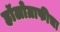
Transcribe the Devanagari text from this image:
हॉलोग्राफीचा